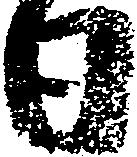
日